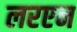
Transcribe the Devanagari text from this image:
लरएन